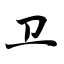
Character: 卫